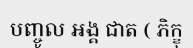
បញ្ចូល អង្គ ជាត ( ភិក្ខុ